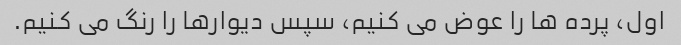
اول، پرده ها را عوض می کنیم، سپس دیوارها را رنگ می کنیم.